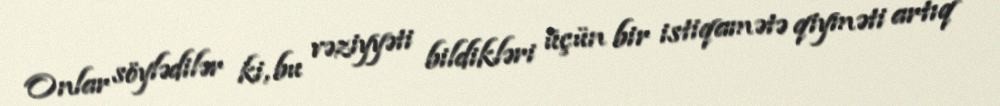
Onlar söylədilər ki, bu vəziyyəti bildikləri üçün bir istiqamətə qiyməti artıq